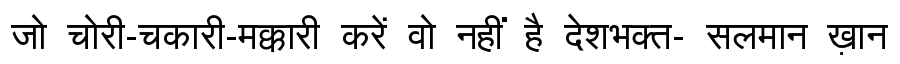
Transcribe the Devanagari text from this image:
जो चोरी-चकारी-मक्कारी करें वो नहीं है देशभक्त- सलमान ख़ान